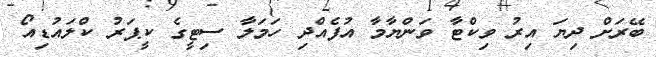
ބޭރަށް ދިޔަ އިރު ވިކްޓާ ވަންޔާމާ އުފެއްދި ހަމަލާ ސިޓީގެ ކީޕަރު ކްލައުޑިއޯ